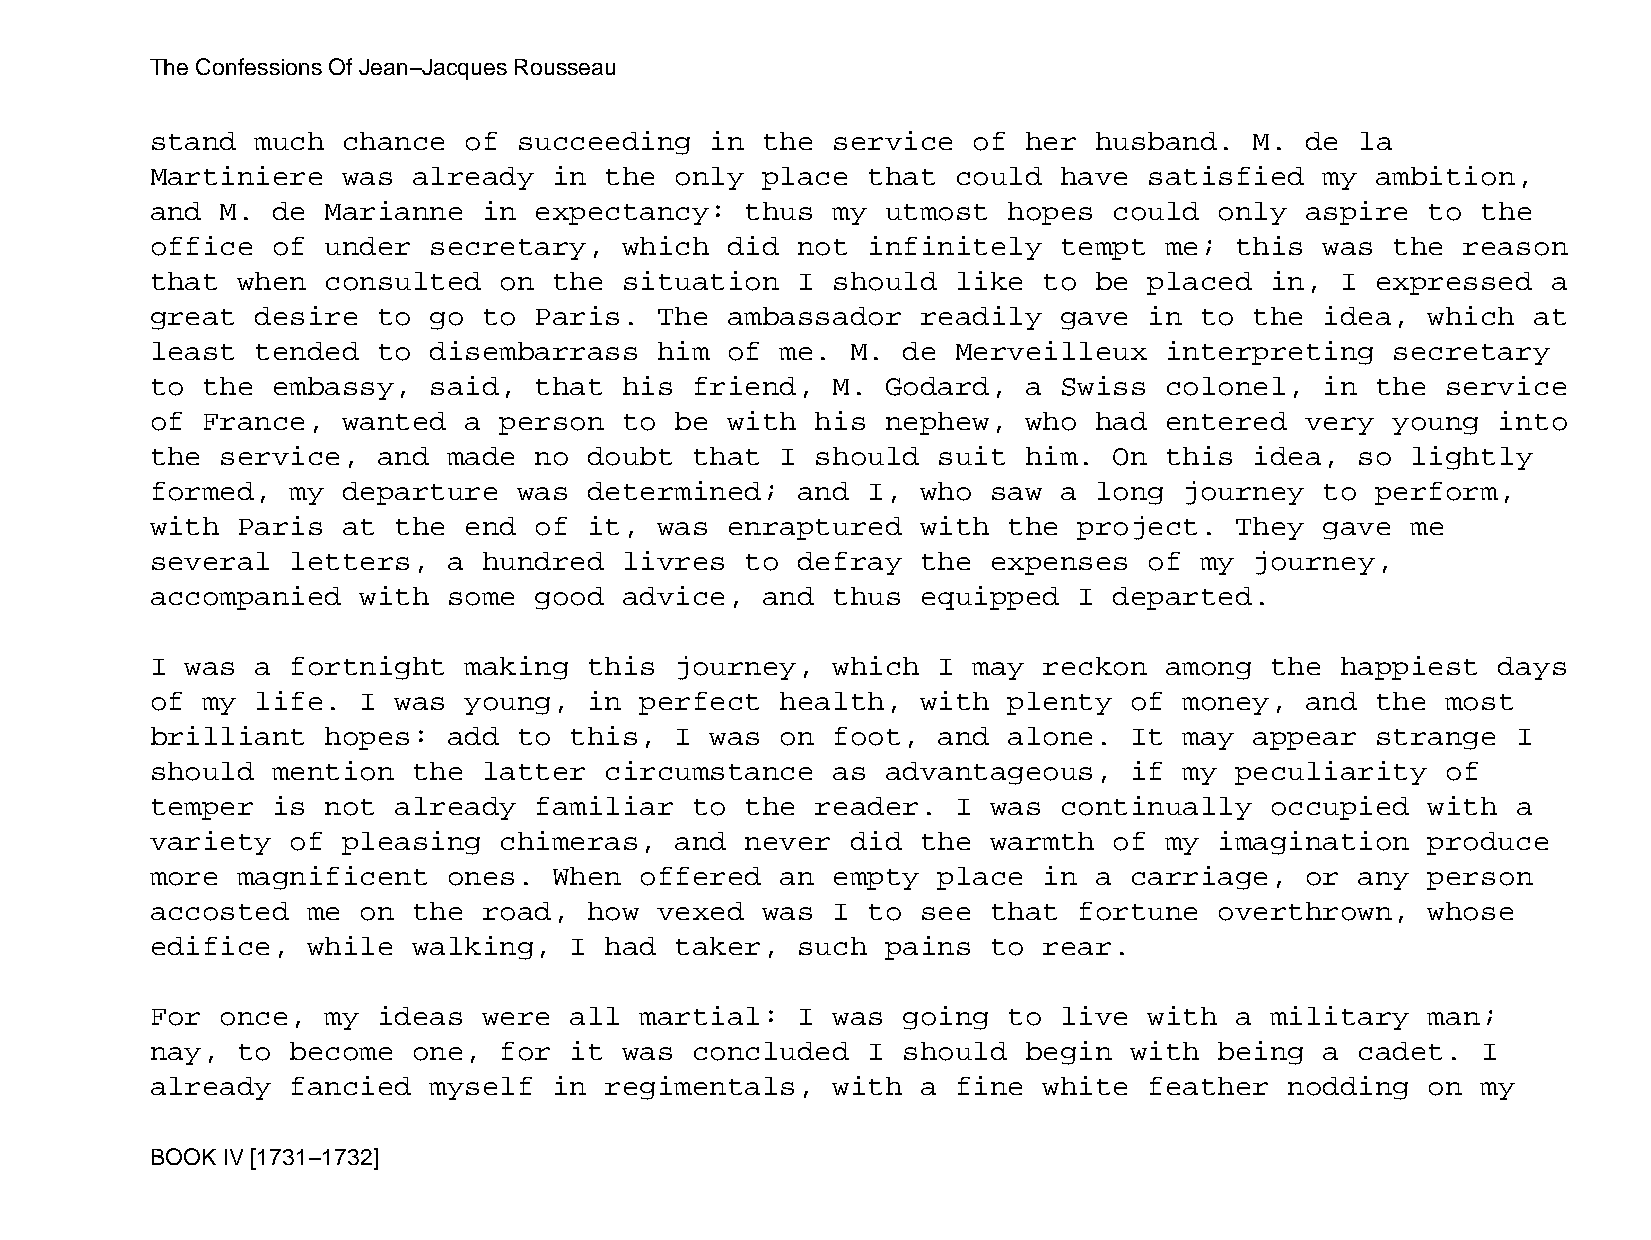
The Confessions Of Jean−Jacques Rousseau
 stand  much  chance  of succeeding   in the  service  of  her husband.   M. de  la
 Martiniere   was already   in the  only place  that  could  have  satisfied   my ambition,
 and  M. de  Marianne  in expectancy:   thus  my  utmost  hopes  could  only aspire   to the
 office  of  under secretary,   which  did  not infinitely   tempt  me;  this  was the  reason
 that  when  consulted  on  the situation   I should  like  to be  placed  in,  I expressed   a
 great  desire  to go  to Paris.   The ambassador   readily  gave  in to  the  idea,  which at
 least  tended  to disembarrass    him of  me. M.  de Merveilleux   interpreting   secretary
 to the  embassy,  said,  that  his  friend,  M.  Godard,  a Swiss  colonel,   in the  service
 of France,   wanted  a person  to  be with  his  nephew,  who had  entered  very  young  into
 the  service,  and  made no  doubt  that  I should  suit  him.  On this  idea,  so lightly
 formed,  my  departure  was  determined;   and I,  who  saw a long  journey   to perform,
 with  Paris  at the  end of  it,  was enraptured   with  the project.   They  gave me
 several  letters,   a hundred  livres  to  defray  the  expenses  of my  journey,
 accompanied   with  some good  advice,  and  thus  equipped  I  departed.
 I was  a fortnight   making  this  journey,  which  I may  reckon  among  the  happiest  days
 of my  life.  I was  young,  in perfect   health,  with  plenty  of money,  and  the  most
 brilliant   hopes:  add to  this,  I was  on foot,  and  alone.  It may  appear  strange  I
 should  mention  the  latter  circumstance   as  advantageous,   if my  peculiarity   of
 temper  is  not already  familiar   to the  reader.  I  was continually   occupied   with a
 variety  of  pleasing  chimeras,   and never  did  the  warmth  of my  imagination   produce
 more  magnificent   ones.  When offered   an empty  place  in a  carriage,  or  any  person
 accosted  me  on the  road,  how  vexed was  I to  see  that fortune   overthrown,   whose
 edifice,  while  walking,   I had  taker,  such  pains  to rear.
 For  once,  my ideas  were  all martial:   I was  going  to live  with  a military   man;
 nay,  to become  one,  for  it was  concluded  I  should  begin  with  being  a cadet.  I
 already  fancied  myself   in regimentals,   with  a fine  white  feather  nodding   on my
 BOOK IV [1731−1732]